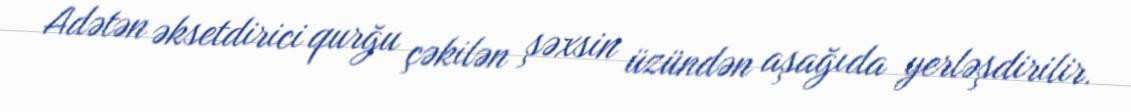
Adətən əksetdirici qurğu çəkilən şəxsin üzündən aşağıda yerləşdirilir.